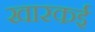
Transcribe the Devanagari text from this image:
खारकई